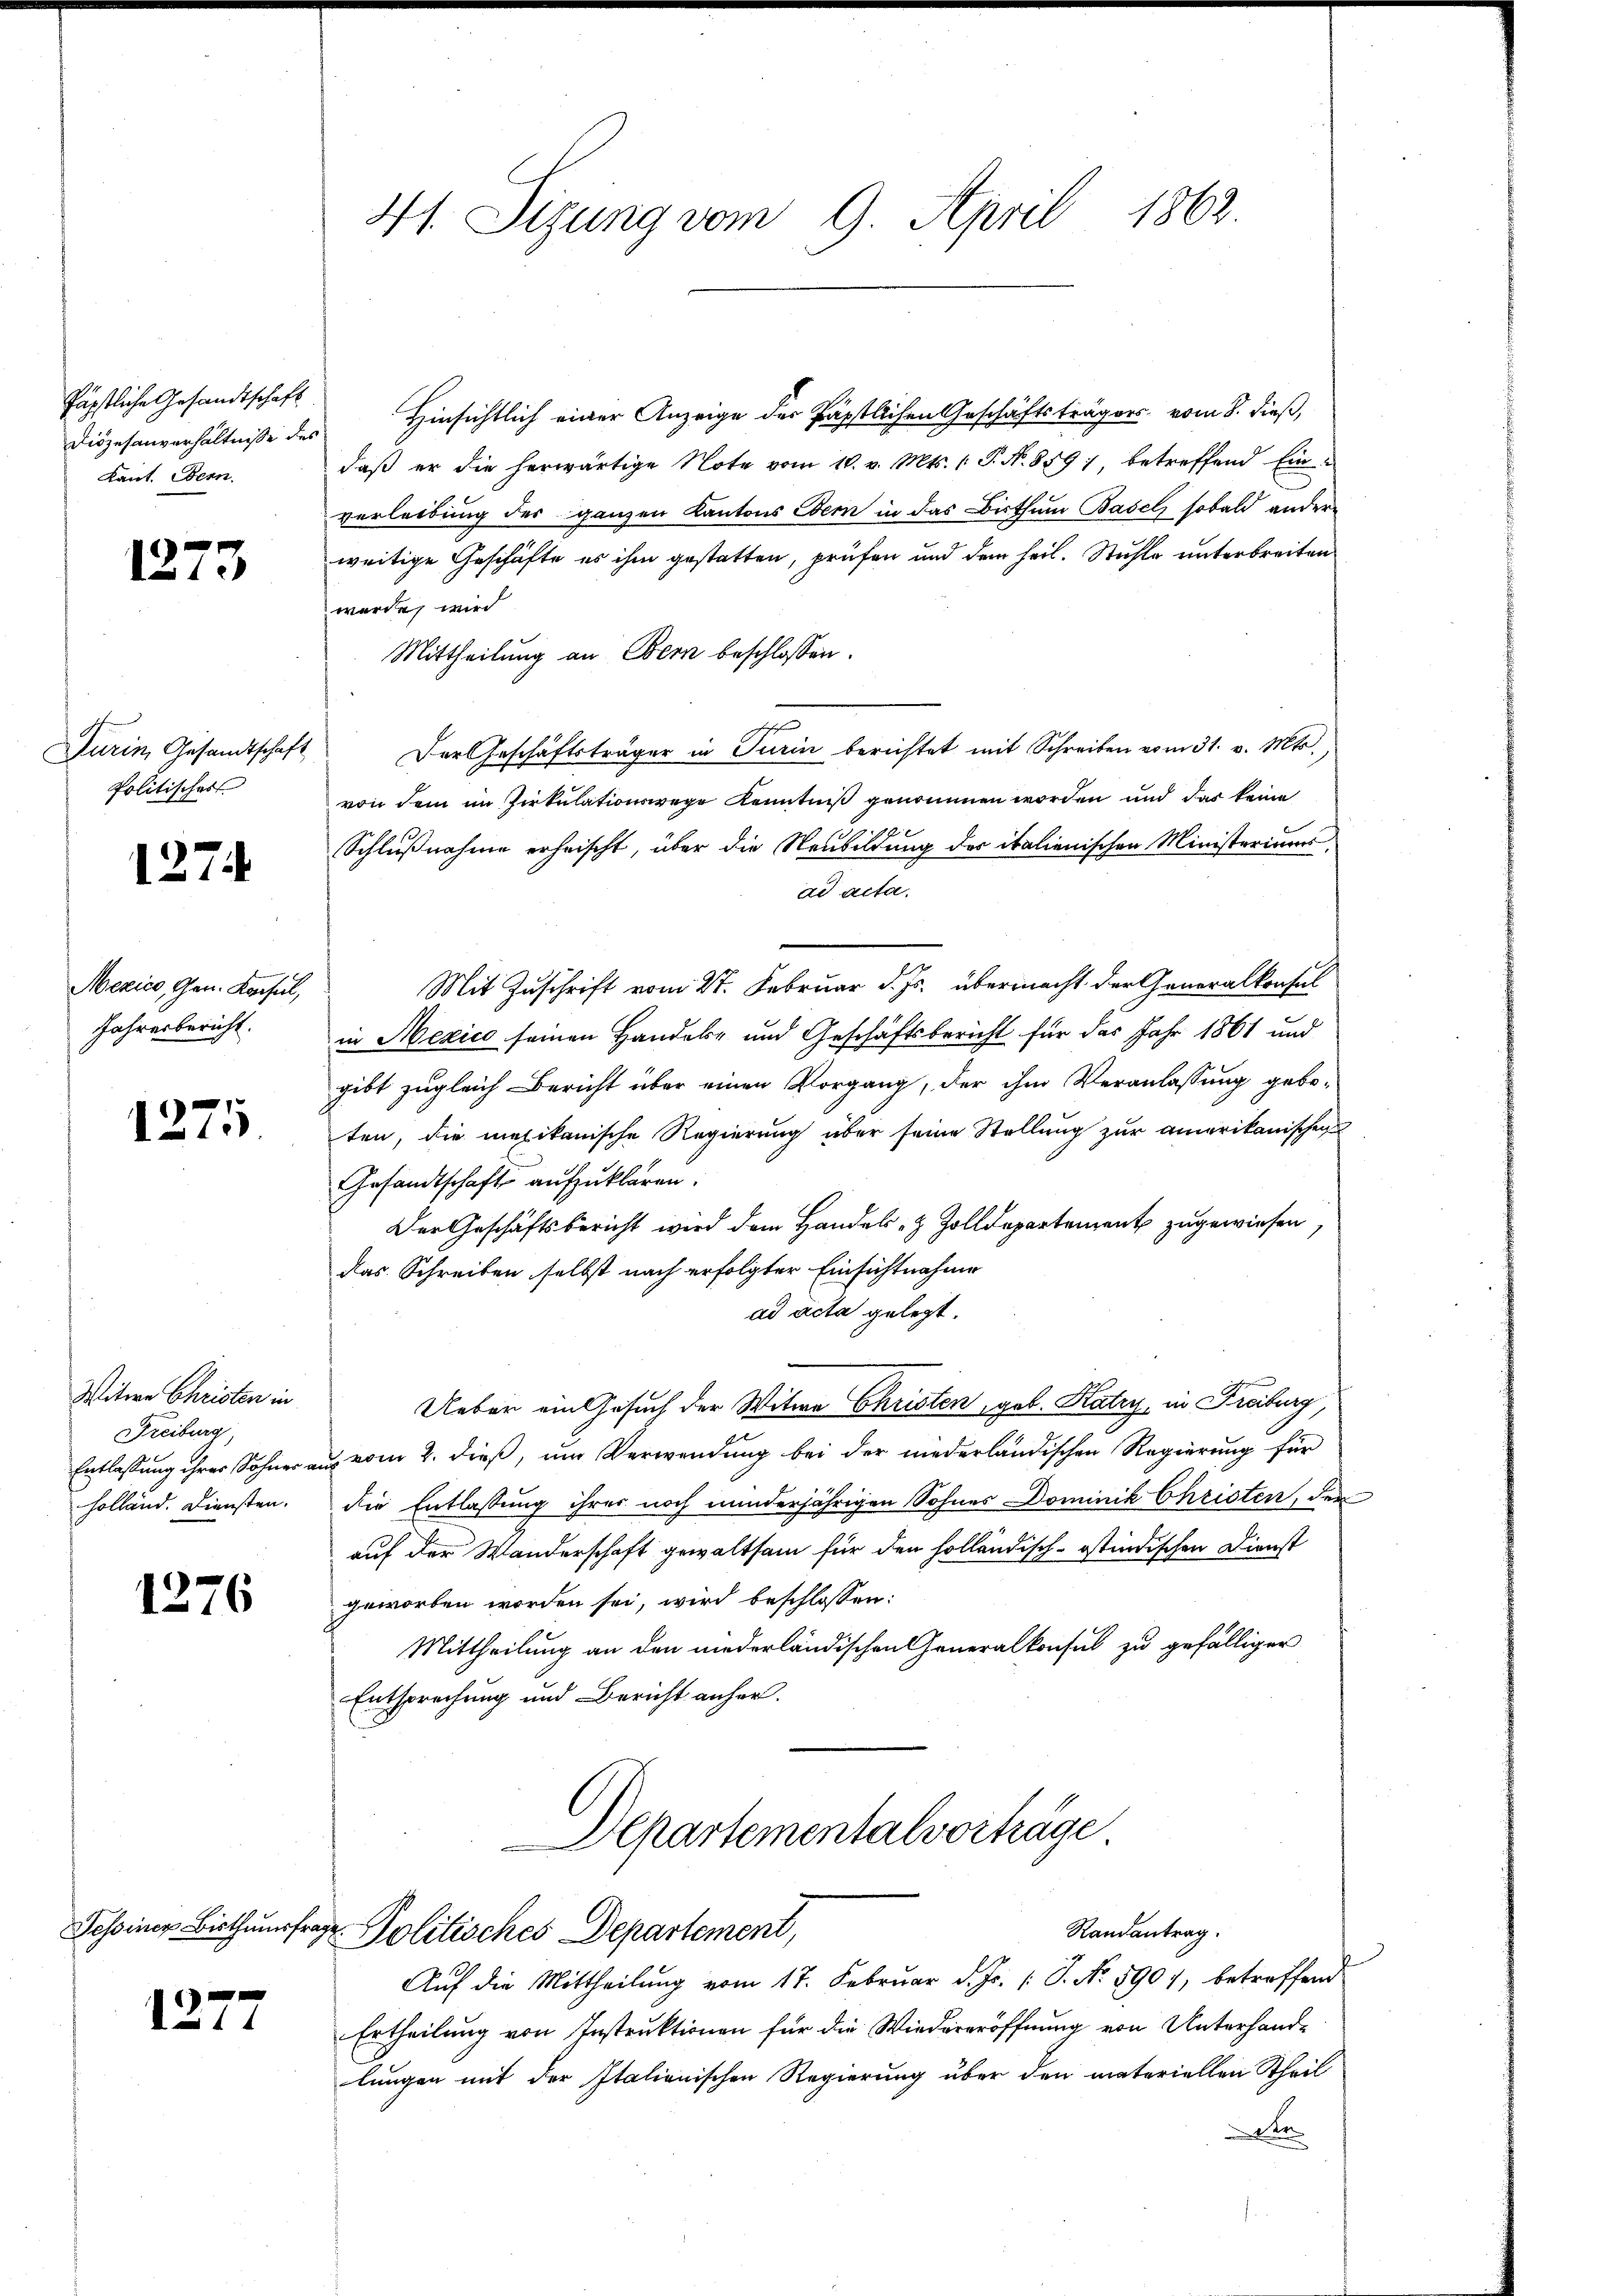
Päpstliche Gesandtschaft
Diözesanverhältniße des
Kant. Bern.

1210

Turin, Gesandtschaft
Politischer

1274

Mexico, Gen. Konsul,
Jahresbericht.

1271

Witwe Christen in
Freiburg
Entlassung ihrer Sohner a
holland. Diensten.

1276

Tessiner Bisthumsfra¬

1277

41. Sizung vom 9. April 1862

Hinsichtlich einer Anzeige der Päpstlichen Geschäftsträgers vom 8. dieß,
daß er die herwärtige Note vom 10. v. Mts. (: P. N. 859), betreffend Ein-
verleibung des ganzen Kantons Bern in das Bisthum Basel sobald andere
weitige Geschäfte es ihm gestatten, prüfen und dem heil. Stuhle unterbreiten
wurde, wird
Mittheilung an Bern beschlossen:
Der Geschäftsträger in Turin berichtet mit Schreiben vom 31. v. Mts.,
von dem im Zirkulationswege Kenntniß genommen worden und das keine
Schlußnahme erheischt, über die Neubildung der italienischen Ministeriums
ad acta.
Mit Zuschrift vom 27. Februar d. Js. übermacht der Generalkonsul
in Mexico seinen Handele und Geschäftsbericht für das Jahr 1861 und
gibt zugleich Bericht über einen Vorgang, der ihm Veranlassung geboten, die mexikanische Regierung über seine Stellung zur amerikanischen
Gesandtschaft aufzuklären.
Der Geschäftsbericht wird dem Handels- & Zolldepartement zugewiesen,
das Schreiben selbst nach erfolgter Einsichtnahme
ad acta gelegt.
Ueber ein Gesuch der Witwe Christen geb. Katzy, in Freiburg
vom 2. dieß, um Verwendung bei der niederländischen Regierung für
der Entlassung ihrer noch minderjährigen Sohnes Dominik Christen, der
auf der Wanderschaft gewaltsam für den holländisch-ostindischen Dienst
geworben worden sei, wird beschlossen:
Mittheilung an den niederländischen Generalkonsul zu gefälliger
Entsprechung und Bericht anher.
Departementalverhäge
Randantrag.
 Politisches Departement,
Auf die Mittheilung vom 17. Februar d. Js. /: J. No. 5907, betreffend
Ertheilung von Instruktionen für die Wiedereröffnung von Unterhandlungen mit der Italionischen Regierung über den materiellen Theil
 er